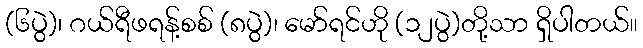
(၆ပွဲ)၊ ဂယ်ရီဖရန့်စစ် (၈ပွဲ)၊ မော်ရင်ဟို (၁၂ပွဲ)တို့သာ ရှိပါတယ်။